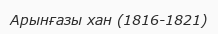
Арынғазы хан (1816-1821)